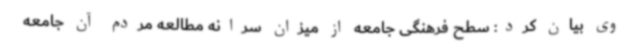
وی بیان کرد: سطح فرهنگی جامعه از میزان سرانه مطالعه مردم آن جامعه